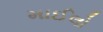
માઈલો